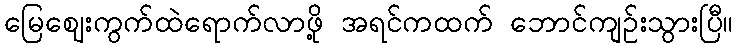
မြေဈေးကွက်ထဲရောက်လာဖို့ အရင်ကထက် ဘောင်ကျဉ်းသွားပြီ။